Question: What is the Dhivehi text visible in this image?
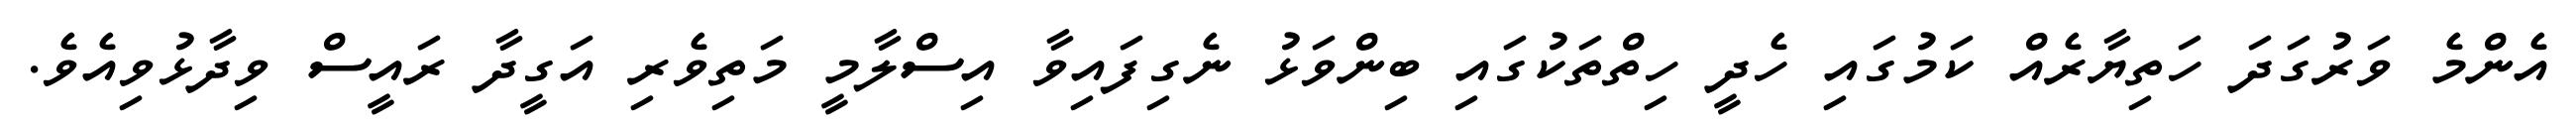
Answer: އެންމެ ވަރުގަދަ ހަތިޔާރެއް ކަމުގައި ހެދީ ހިތްތަކުގައި ބިންވަޅު ނެގިފައިވާ އިސްލާމީ މަތިވެރި އަގީދާ ރައީސް ވިދާޅުވިއެވެ.